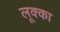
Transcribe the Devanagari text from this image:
लूक्का